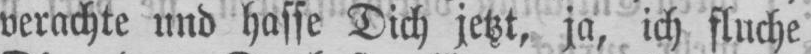
verachte und hasse Dich jetzt, ja, ich fluche